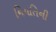
નિયતિની